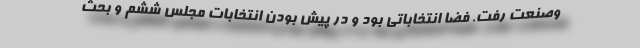
وصنعت رفت. فضا انتخاباتی بود و در پیش بودن انتخابات مجلس ششم و بحث